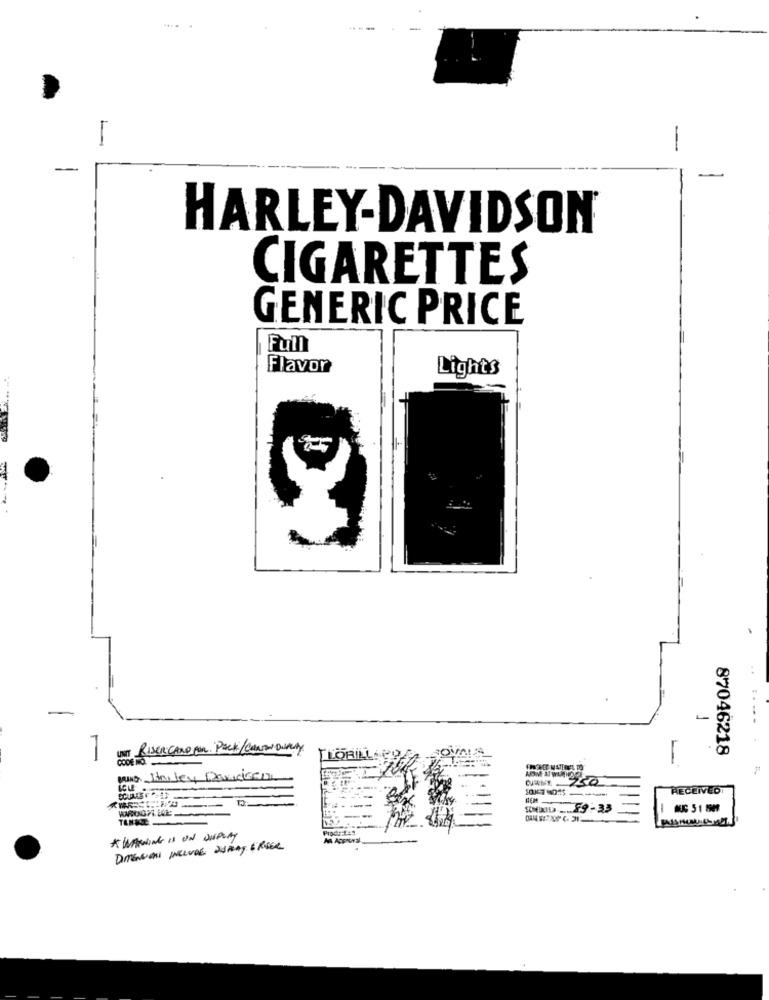
-
HARLEY-DAVIDSON
CIGARETTES
GENERIC PRICE
Full
Flavor
Lights
1
UNT Riser CARD par. Pack/Carro Duracry
87046218
CODE NO.
LORILLAPI
RECEIVED
ID __ 29-33
MC 51 1929
A WARNING IS ON DUPONT
DIMENSIONI INCLUDE: JUPING EREER